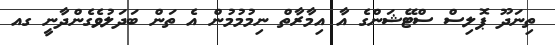
ތިނަދޫ ޕޮލިސް ސްޓޭޝަންގެ އާ އިމާރާތް ނިމުމުމުން އެ ތަން ބަދަލުވެގެންދާނީ ގއ